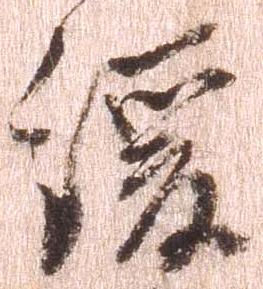
緩